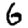
Digit: 6